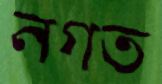
নগত